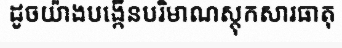
ដូចយ៉ាងបង្កើនបរិមាណស្តុកសារធាតុ